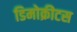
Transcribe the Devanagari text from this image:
डिमोक्रीटस